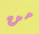
من